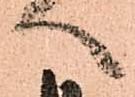
へ